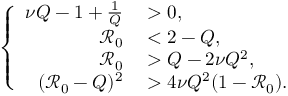
\left\{ \begin{array} { r l } { \nu Q - 1 + \frac 1 Q } & { { } > 0 , } \\ { \mathcal { R } _ { 0 } } & { { } < 2 - Q , } \\ { \mathcal { R } _ { 0 } } & { { } > Q - 2 \nu Q ^ { 2 } , } \\ { ( \mathcal { R } _ { 0 } - Q ) ^ { 2 } } & { { } > 4 \nu Q ^ { 2 } ( 1 - \mathcal { R } _ { 0 } ) . } \end{array} \right.